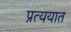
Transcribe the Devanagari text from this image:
प्रत्ययात